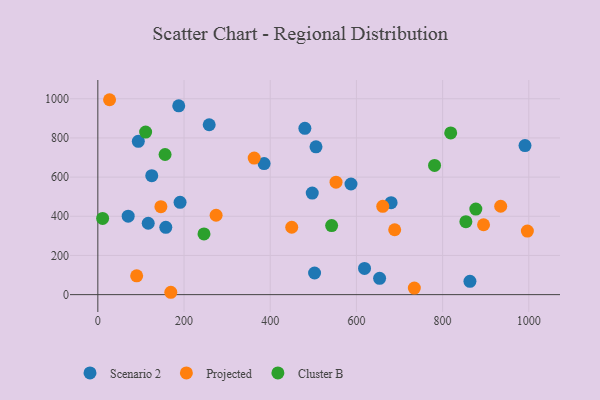
{"axis": {"x": "Price", "y": "Profit"}, "legend": ["Cluster B", "Projected", "Scenario 2"], "data": [{"x": "480.4", "y": 849.1, "type": "Scenario 2"}, {"x": "125.1", "y": 607.3, "type": "Scenario 2"}, {"x": "653.8", "y": 83.4, "type": "Scenario 2"}, {"x": "863.4", "y": 67.9, "type": "Scenario 2"}, {"x": "70.4", "y": 400.5, "type": "Scenario 2"}, {"x": "258.4", "y": 867.4, "type": "Scenario 2"}, {"x": "157.7", "y": 343.5, "type": "Scenario 2"}, {"x": "93.9", "y": 782.6, "type": "Scenario 2"}, {"x": "991.2", "y": 761.0, "type": "Scenario 2"}, {"x": "502.9", "y": 110.4, "type": "Scenario 2"}, {"x": "506.2", "y": 754.6, "type": "Scenario 2"}, {"x": "385.8", "y": 669.1, "type": "Scenario 2"}, {"x": "190.8", "y": 471.3, "type": "Scenario 2"}, {"x": "587.4", "y": 564.9, "type": "Scenario 2"}, {"x": "116.9", "y": 364.4, "type": "Scenario 2"}, {"x": "187.7", "y": 964.2, "type": "Scenario 2"}, {"x": "618.8", "y": 134.0, "type": "Scenario 2"}, {"x": "680.5", "y": 469.3, "type": "Scenario 2"}, {"x": "497.5", "y": 518.6, "type": "Scenario 2"}, {"x": "895.0", "y": 356.8, "type": "Projected"}, {"x": "734.4", "y": 33.5, "type": "Projected"}, {"x": "661.1", "y": 450.7, "type": "Projected"}, {"x": "934.8", "y": 451.3, "type": "Projected"}, {"x": "146.3", "y": 449.1, "type": "Projected"}, {"x": "996.7", "y": 324.7, "type": "Projected"}, {"x": "169.3", "y": 12.0, "type": "Projected"}, {"x": "552.7", "y": 573.9, "type": "Projected"}, {"x": "449.9", "y": 343.9, "type": "Projected"}, {"x": "362.8", "y": 697.1, "type": "Projected"}, {"x": "27.2", "y": 995.1, "type": "Projected"}, {"x": "688.8", "y": 331.2, "type": "Projected"}, {"x": "274.4", "y": 405.3, "type": "Projected"}, {"x": "90.1", "y": 95.8, "type": "Projected"}, {"x": "246.3", "y": 309.8, "type": "Cluster B"}, {"x": "818.8", "y": 825.8, "type": "Cluster B"}, {"x": "11.1", "y": 389.2, "type": "Cluster B"}, {"x": "781.3", "y": 659.6, "type": "Cluster B"}, {"x": "110.9", "y": 829.8, "type": "Cluster B"}, {"x": "156.0", "y": 715.4, "type": "Cluster B"}, {"x": "542.5", "y": 352.8, "type": "Cluster B"}, {"x": "877.1", "y": 436.8, "type": "Cluster B"}, {"x": "854.0", "y": 372.5, "type": "Cluster B"}]}